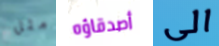
مثل أصدقاؤه الى